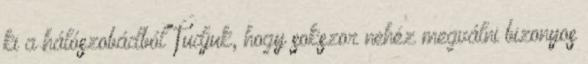
ki a hálószobádból Tudjuk, hogy sokszor nehéz megválni bizonyos